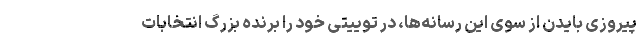
پیروزی بایدن از سوی این رسانه‌ها، در توییتی خود را برنده بزرگ انتخابات